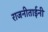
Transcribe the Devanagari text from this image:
राजनीताईनी